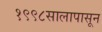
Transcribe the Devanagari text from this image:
१९९८सालापासून